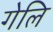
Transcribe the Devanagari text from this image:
गेलि